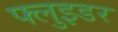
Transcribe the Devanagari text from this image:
फ्लुइडर